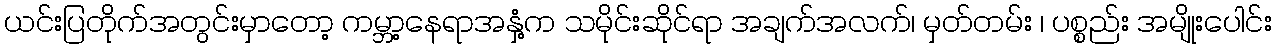
ယင်းပြတိုက်အတွင်းမှာတော့ ကမ္ဘာ့နေရာအနှံ့က သမိုင်းဆိုင်ရာ အချက်အလက်၊ မှတ်တမ်း ၊ ပစ္စည်း အမျိုးပေါင်း